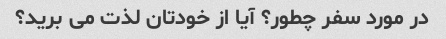
در مورد سفر چطور؟ آیا از خودتان لذت می برید؟